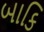
બાકિ